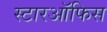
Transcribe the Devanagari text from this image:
स्टारऑफिस